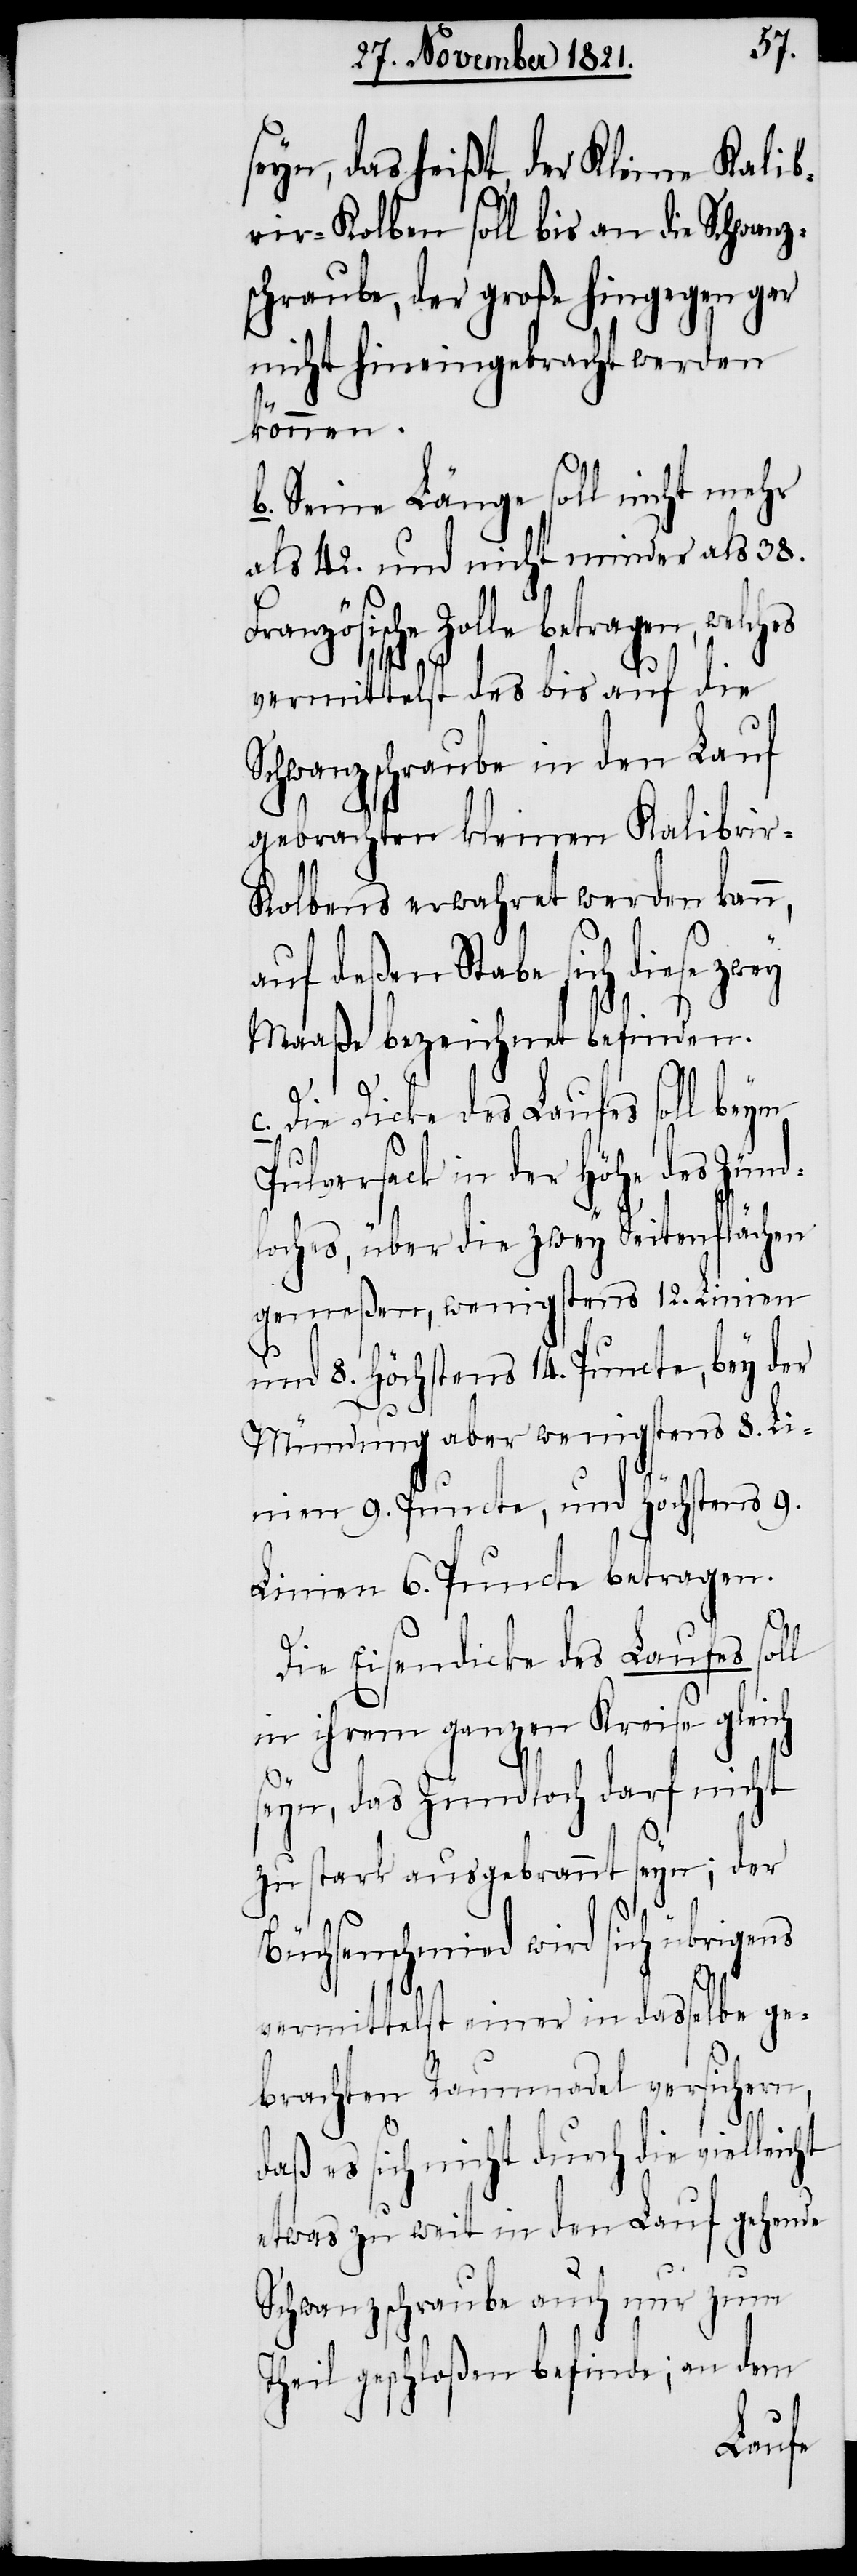
seyn, das heißt, der Kleine Kalib¬
rir-Kolben soll bis an die Schwanz¬
schraube, der große hingegen gar
nicht hineingebracht werden
können.
b. Seine Länge soll nicht mehr
als 42. und nicht minder als 38.
anzösische Zolle betragen,
vermittelst des bis auf die
Schwanzschraube in den Lauf
gebrachten kleinen Kalibrir-K¬
olbens erwahret werden kann,
auf deßen Stabe sich diese zwey
Maaße bezeichnet befinden.
ht
c. Die Dicke des Laufes soll beym
Pulversack in der Höhe des Zünd¬
loches, über die zwey Seitenflächen
gemeßen, wenigstens 12. Linien
und Höchstens 14. Puncte, bey der
Mündung aber wenigstens 8. Li¬
nien 9. Puncte, und Höchstens 9.
Linien 6. Puncte betragen.
Die Eisendicke des Laufes soll
in ihrem ganzen Kreise gleich
seyn, das Zündloch darf nicht
zu stark ausgebrannt seyn; der
Büchsenschmied wird sich übrigens
vermittelst einer in dasselbe ge¬
brachten Raumnadel versichern,
daß es sich nicht durch die vielleic¬
etwas zu weit in den Lauf gehende
Schwanzschraube auch nur zum
Theil geschloßen befinde; an dem